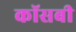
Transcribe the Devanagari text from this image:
कॉसबी